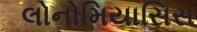
લોનોમિયાસિસ